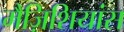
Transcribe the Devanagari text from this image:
मैज़िशियांस